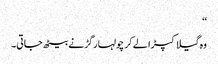
‘‘
وہ گیلا کپڑا لے کر چولہا رگڑنے بیٹھ جاتی۔